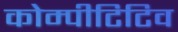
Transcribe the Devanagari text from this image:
कोम्पीटिटिव